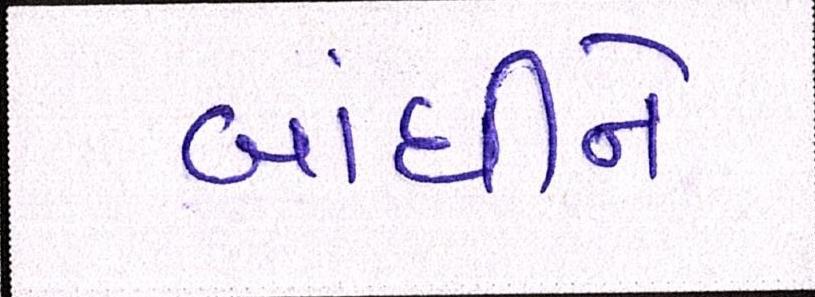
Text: બાંધીને